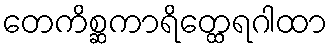
တေကိစ္ဆကာရိတ္ထေရဂါထာ